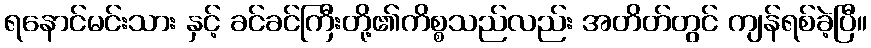
ရနောင်မင်းသား နှင့် ခင်ခင်ကြီးတို့၏ကိစ္စသည်လည်း အတိတ်တွင် ကျန်ရစ်ခဲ့ပြီ။